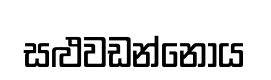
සළුවඩන්නෝය